system: You are a helpful assistant.
user:
Analyze the provided spectrum to determine if it is a **Carbon Star (C-type)**.

- **Key Visual Indicators of Carbon Star:**
    - **(Primary):** Strong molecular absorption from **C₂ (diatomic carbon) "Swan Bands."** This is the **defining feature** of a carbon star.
        - **(Key Bandheads):** Sharp absorption edges are visible at approximately $5635$ Å, $5165$ Å (the strongest band), and $4737$ Å.
        - **(Line Profile):** Creates a distinct **"saw-tooth"** pattern. The key morphology is a sharp, steep bandhead on the **red (long-wavelength) side**, which then gradually tapers off (i.e., flux recovers) towards the **blue (short-wavelength) side**. *(This is the direct opposite of the TiO bands seen in M-type stars)*.

    - **(Secondary):** Intense **CN (cyanogen)** molecular absorption bands.
        - **(Key Bandheads):** Located in the blue and violet regions of the spectrum (e.g., near $4215$ Å and $3883$ Å).
        - **(Morphology):** These bands are extremely broad and act as a "blanket," absorbing the vast majority of blue and violet light. This creates a characteristic **"cliff"** or **"steep drop-off"** in the spectrum's flux at short wavelengths.

    - **(Key Confirmation):** Strong **CH absorption band (G-band)**.
        - **(Key Bandhead):** Located around $4300$ Å. The contribution from CH molecules to this band is exceptionally strong.

    - **(Overall Spectrum):**
        - The continuum is severely "chopped up" by these deep molecular bands, especially C₂, rather than appearing as a smooth curve.
        - Due to the heavy CN and C₂ absorption in the blue-green, the vast majority of the star's flux is concentrated in the red part of the spectrum, giving the star its characteristic deep red color.

Think first, call **spectral_visualization_tool** if needed to examine features in detail, then provide your final answer. Your response must adhere to the following strict rules:
1.  **Overall Structure:** Your response must follow the format `<think>...</think> <tool_call>...</tool_call> (if a tool is used) <answer>...</answer>`.
2.  **Tool Usage Constraint:** You may only make **one** tool call per turn.
3.  **Final Answer Format:** In the `<answer>` tag, your conclusion must be inside a `\boxed{}` command (e.g., `\boxed{YES}`), followed by your justification.

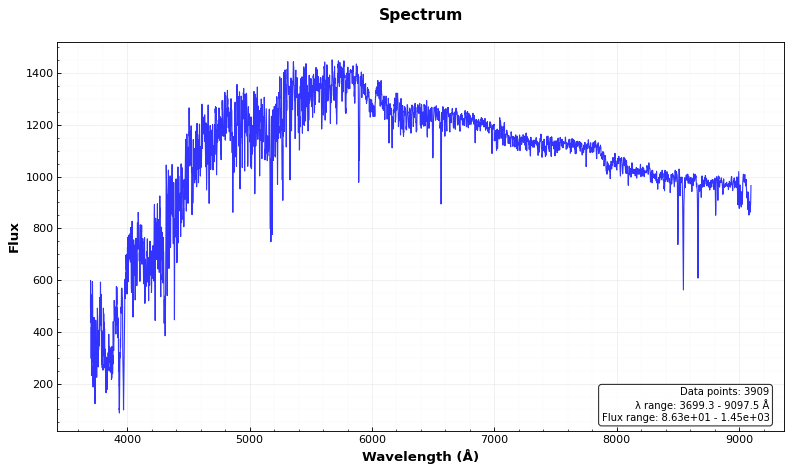
Answer: NO